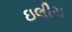
ઇલીચ